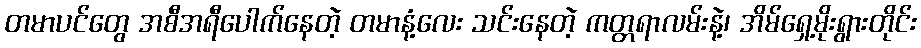
တမာပင်တွေ အစီအရီပေါက်နေတဲ့ တမာနံ့လေး သင်းနေတဲ့ ကတ္တရာလမ်းနဲ့၊ အိမ်ရှေ့မိုးရွားတိုင်း